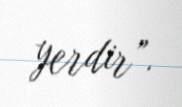
yerdir”.